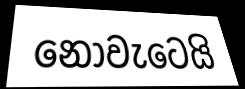
නොවැටෙයි